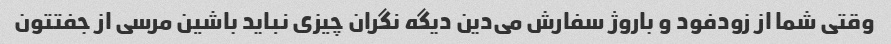
وقتی شما از زودفود و باروژ سفارش می‌دین دیگه نگران چیزی نباید باشین مرسی از جفتتون